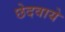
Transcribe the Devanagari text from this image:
छेदवाये